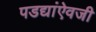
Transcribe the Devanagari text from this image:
पडद्यांऐवजी